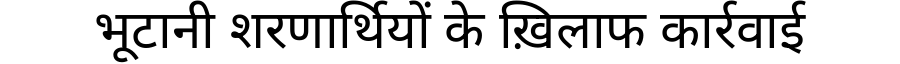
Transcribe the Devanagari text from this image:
भूटानी शरणार्थियों के ख़िलाफ कार्रवाई